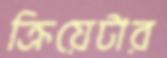
ক্রিয়েটার